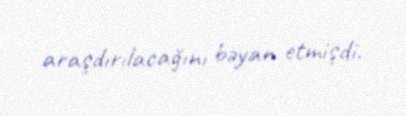
araşdırılacağını bəyan etmişdi.